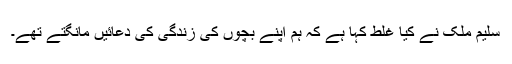
سلیم ملک نے کیا غلط کہا ہے کہ ہم اپنے بچوں کی زندگی کی دعائیں مانگتے تھے۔